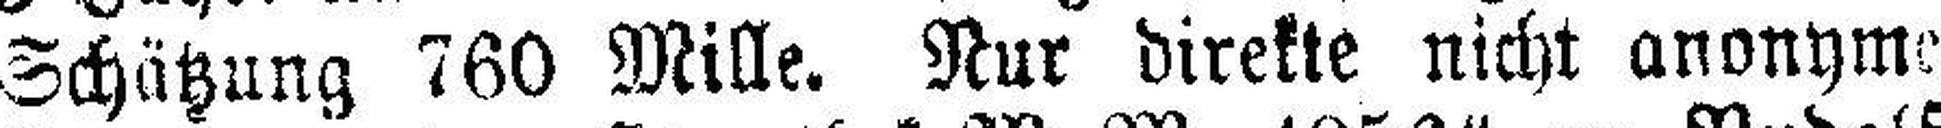
Schätzung 760 Mille. Nur direkte nicht anonyme